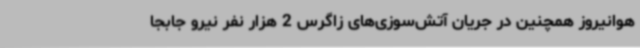
هوانیروز همچنین در جریان آتش‌سوزی‌های زاگرس 2 هزار نفر نیرو جابجا